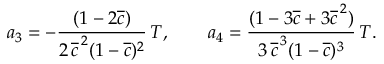
\begin{array} { c c c } { \displaystyle { a _ { 3 } = - \frac { ( 1 - 2 \overline { { c } } ) } { 2 \, \overline { { c } } ^ { \, 2 } ( 1 - \overline { { c } } ) ^ { 2 } } \, T , \qquad a _ { 4 } = \frac { ( 1 - 3 \overline { { c } } + 3 \overline { { c } } ^ { \, 2 } ) } { 3 \, \overline { { c } } ^ { \, 3 } ( 1 - \overline { { c } } ) ^ { 3 } } \, T . } } \end{array}